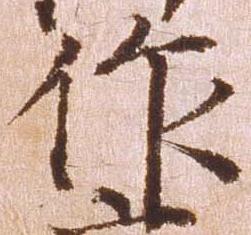
作